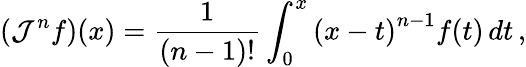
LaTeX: \left(\mathcal{J}^{n}f\right)(x)={\frac{{1}}{{(n-1)!}}}\int_{0}^{x}\left(x-t\right)^{n-1}f(t)\, dt\, ,